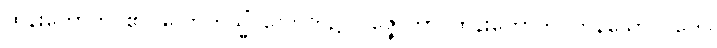
ထွန်းတောက်ပ၏။ လောကသ္မိံ၊ လောက၌။ ပဇ္ဇောတာ၊ ထွန်းတောက်ပကုန်သော။ (တေ၊